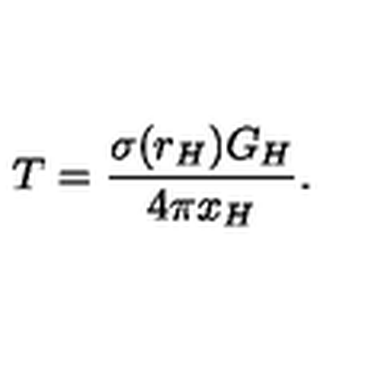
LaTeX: T = \frac { \sigma ( r _ { H } ) G _ { H } } { 4 \pi x _ { H } } .